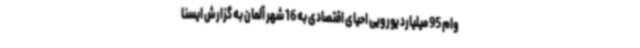
وام 95 میلیارد یورویی احیای اقتصادی به 16 شهر آلمان به گزارش ایسنا